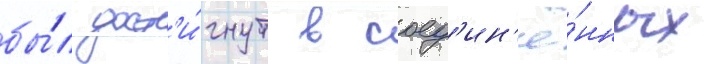
бы́л дост'и́гнут в соед'ин'ё́нных